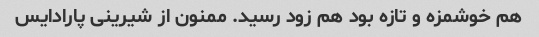
هم خوشمزه و تازه بود هم زود رسید. ممنون از شیرینی پارادایس